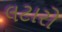
લટારો